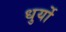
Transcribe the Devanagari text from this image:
धुर्यो